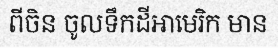
ពីចិន ចូលទឹកដីអាមេរិក មាន